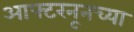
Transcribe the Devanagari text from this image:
आफ्टरनूनच्या